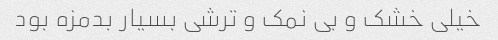
خیلی خشک و بی نمک و ترشی بسیار بدمزه بود